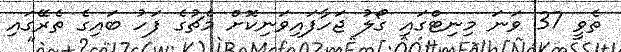
ތެވީ 37 ވަނަ މިނިޓްގައި ގޯލު ޖަހާފައިވަނިކޮށް މެޗުގެ ފަހު ބައިގެ ތެރޭގައި